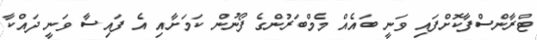
ޓްރާންސްފާކޮށްފައި ވަނީ ބައެއް މެމްބަރުންގެ ފޯނުން ކަމަށާއި އެ ފައިސާ ވަނީ ދައްކާ